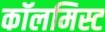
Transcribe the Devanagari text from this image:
कॉलमिस्ट